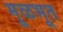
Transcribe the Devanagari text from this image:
मूळभूत